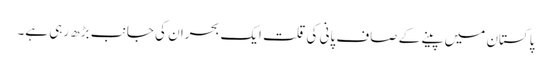
پاکستان میں پینے کے صاف پانی کی قلت ایک بحران کی جانب بڑھ رہی ہے۔